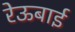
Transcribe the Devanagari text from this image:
रेऊबाई